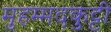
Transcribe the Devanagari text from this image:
मुहम्मदकुट्टी